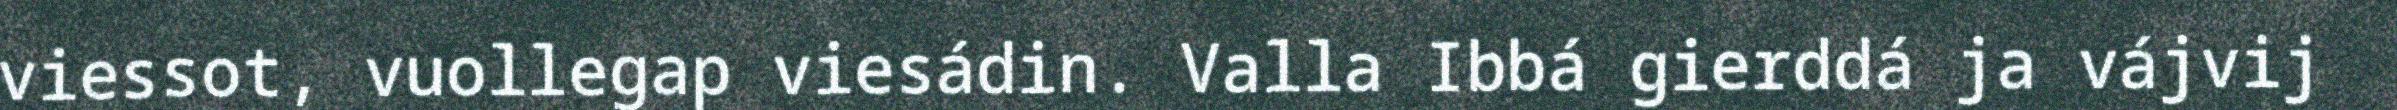
viessot, vuollegap viesádin. Valla Ibbá gierddá ja vájvij